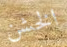
الخشن